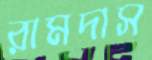
রামদাস